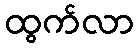
ထွက်လာ